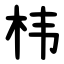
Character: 㭏